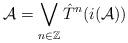
LaTeX: \begin{align*}\mathcal A = \bigvee_{n \in \mathbb Z} \hat{T}^n (i(\mathcal A)) \end{align*}